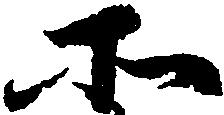
所